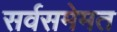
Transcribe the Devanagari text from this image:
सर्वसमेमत